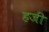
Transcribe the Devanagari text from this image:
हजीं